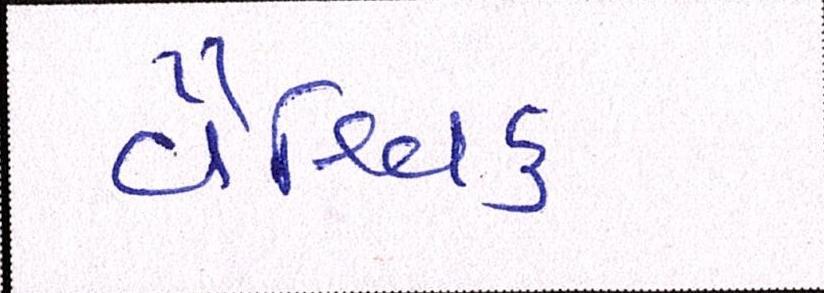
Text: વૈશ્વિક